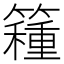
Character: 𥵾